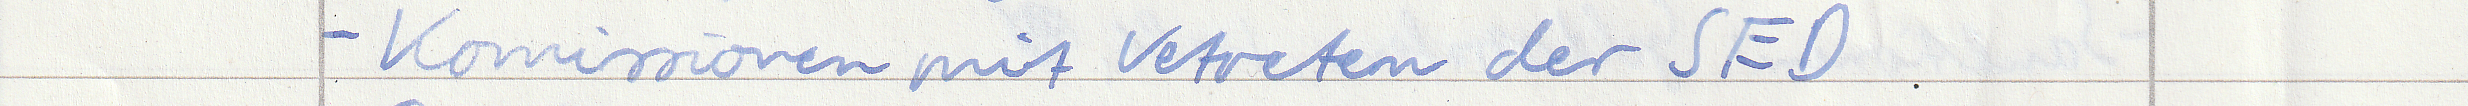
- Komissionen mit Vertreten der SED